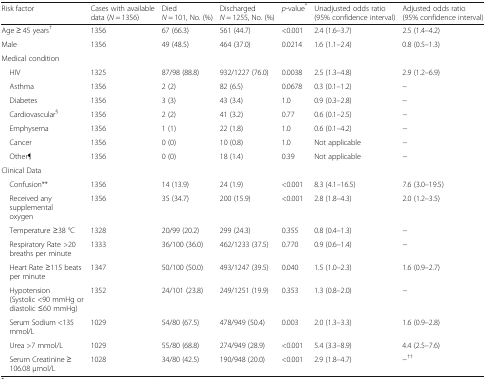
<table><thead><tr><td><b>Risk factor</b></td><td><b>Cases with available data (<i>N</i> = 1356)</b></td><td><b>Died <i>N</i> = 101, No. (%)</b></td><td><b>Discharged <i>N</i> = 1255, No. (%)</b></td><td><b><i>p</i>-value<sup>*</sup></b></td><td><b>Unadjusted odds ratio (95% confidence interval)</b></td><td><b>Adjusted odds ratio (95% confidence interval)</b></td></tr></thead><tbody><tr><td>Age ≥ 45 years<sup>†</sup></td><td>1356</td><td>67 (66.3)</td><td>561 (44.7)</td><td>&lt;0.001</td><td>2.4 (1.6–3.7)</td><td>2.5 (1.4–4.2)</td></tr><tr><td>Male</td><td>1356</td><td>49 (48.5)</td><td>464 (37.0)</td><td>0.0214</td><td>1.6 (1.1–2.4)</td><td>0.8 (0.5–1.3)</td></tr><tr><td colspan="7">Medical condition</td></tr><tr><td> HIV</td><td>1325</td><td>87/98 (88.8)</td><td>932/1227 (76.0)</td><td>0.0038</td><td>2.5 (1.3–4.8)</td><td>2.9 (1.2–6.9)</td></tr><tr><td> Asthma</td><td>1356</td><td>2 (2)</td><td>82 (6.5)</td><td>0.0678</td><td>0.3 (0.1–1.2)</td><td>−</td></tr><tr><td> Diabetes</td><td>1356</td><td>3 (3)</td><td>43 (3.4)</td><td>1.0</td><td>0.9 (0.3–2.8)</td><td>−</td></tr><tr><td> Cardiovascular<sup>§</sup></td><td>1356</td><td>2 (2)</td><td>41 (3.2)</td><td>0.77</td><td>0.6 (0.1–2.5)</td><td>−</td></tr><tr><td> Emphysema</td><td>1356</td><td>1 (1)</td><td>22 (1.8)</td><td>1.0</td><td>0.6 (0.1–4.2)</td><td>−</td></tr><tr><td> Cancer</td><td>1356</td><td>0 (0)</td><td>10 (0.8)</td><td>1.0</td><td>Not applicable</td><td>−</td></tr><tr><td> Other¶</td><td>1356</td><td>0 (0)</td><td>18 (1.4)</td><td>0.39</td><td>Not applicable</td><td>−</td></tr><tr><td colspan="7">Clinical Data</td></tr><tr><td> Confusion**</td><td>1356</td><td>14 (13.9)</td><td>24 (1.9)</td><td>&lt;0.001</td><td>8.3 (4.1–16.5)</td><td>7.6 (3.0–19.5)</td></tr><tr><td> Received any supplemental oxygen</td><td>1356</td><td>35 (34.7)</td><td>200 (15.9)</td><td>&lt;0.001</td><td>2.8 (1.8–4.3)</td><td>2.0 (1.2–3.5)</td></tr><tr><td> Temperature ≥38 °C</td><td>1328</td><td>20/99 (20.2)</td><td>299 (24.3)</td><td>0.355</td><td>0.8 (0.4–1.3)</td><td>−</td></tr><tr><td> Respiratory Rate &gt;20 breaths per minute</td><td>1333</td><td>36/100 (36.0)</td><td>462/1233 (37.5)</td><td>0.770</td><td>0.9 (0.6–1.4)</td><td>−</td></tr><tr><td> Heart Rate ≥115 beats per minute</td><td>1347</td><td>50/100 (50.0)</td><td>493/1247 (39.5)</td><td>0.040</td><td>1.5 (1.0–2.3)</td><td>1.6 (0.9–2.7)</td></tr><tr><td> Hypotension (Systolic &lt;90 mmHg or diastolic ≤60 mmHg)</td><td>1352</td><td>24/101 (23.8)</td><td>249/1251 (19.9)</td><td>0.353</td><td>1.3 (0.8–2.0)</td><td>−</td></tr><tr><td> Serum Sodium &lt;135 mmol/L</td><td>1029</td><td>54/80 (67.5)</td><td>478/949 (50.4)</td><td>0.003</td><td>2.0 (1.3–3.3)</td><td>1.6 (0.9–2.8)</td></tr><tr><td> Urea &gt;7 mmol/L</td><td>1029</td><td>55/80 (68.8)</td><td>274/949 (28.9)</td><td>&lt;0.001</td><td>5.4 (3.3–8.9)</td><td>4.4 (2.5–7.6)</td></tr><tr><td> Serum Creatinine ≥ 106.08 μmol/L</td><td>1028</td><td>34/80 (42.5)</td><td>190/948 (20.0)</td><td>&lt;0.001</td><td>2.9 (1.8–4.7)</td><td>−<sup>††</sup></td></tr></tbody></table>